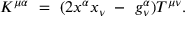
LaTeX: K ^ { \mu \alpha } ~ = ~ ( 2 { x ^ { \alpha } } { x _ { \nu } } ~ - ~ g _ { \nu } ^ { \alpha } ) T ^ { \mu \nu } .